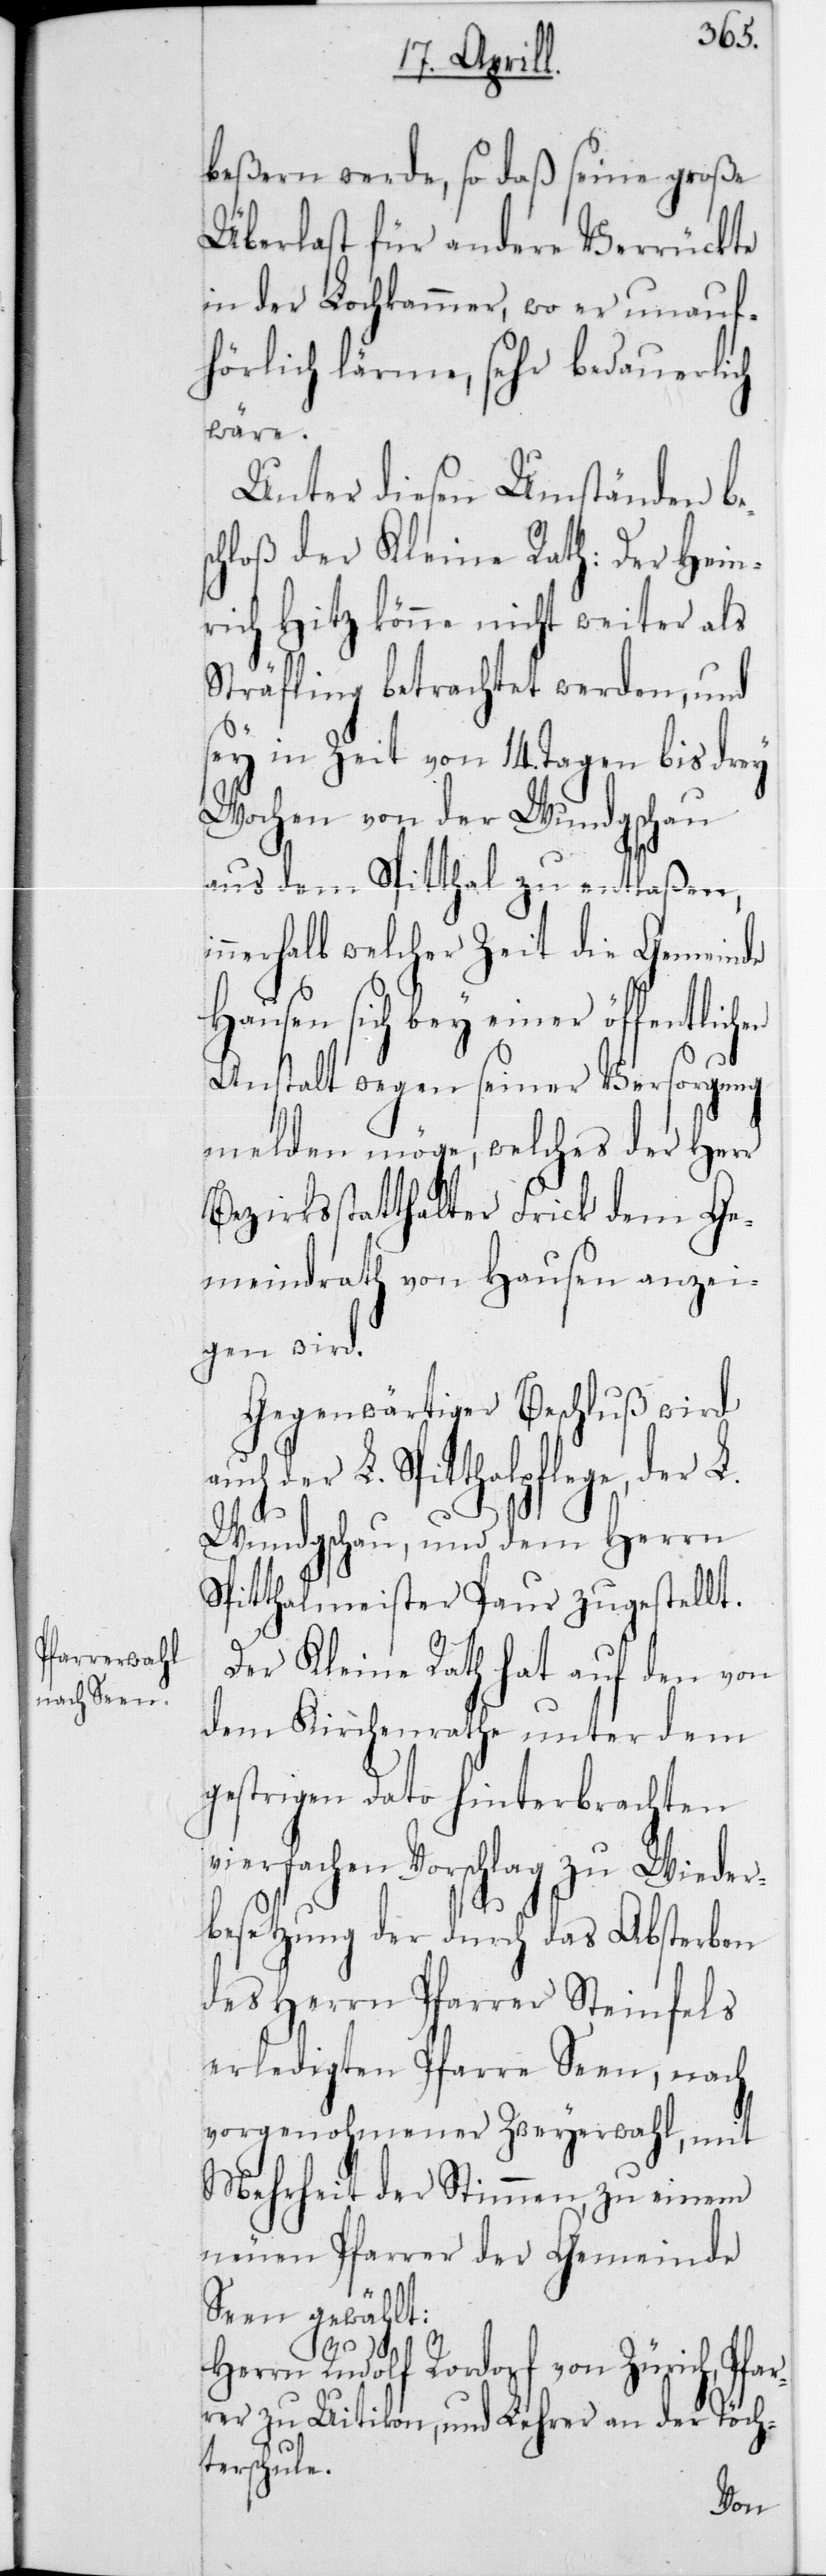
beßern werde, so daß seine große
Überlast für andere Verrückte
in der Lochkammer, wo er unauf¬
hörlich lärme, sehr bedauerlich
wäre.
Unter diesen Umständen b¬
chloß der Kleine Rath: Der Hein¬
rich Hitz könne nicht weiter als
Sträfling betrachtet werden, und
sey in Zeit von 14 Tagen bis drey
Wochen von der Wundgschau
aus dem Spitthal zu entlaßen,
innerhalb welcher Zeit die Gemeinde
Hausen sich bey einer öffentlichen
Anstalt wegen seiner Versorgung
melden möge, welches der Herr
Bezirksstatthalter Frick dem Ge¬
meindrath von Hausen anzei¬
gen wird.
Gegenwärtiger Beschluß wird
der L. Spitthalpflege, der L.
Wundgschau, und dem Herrn
Spitthalmeister Paur zugestellt.
Der Kleine Rath hat auf den von
dem Kirchenrathe unter dem
gestrigen Dato hinterbrachten
vierfachen Vorschlag zu
Wieder¬
besetzung der durch das Absterben
des Herrn Pfarrer Steinfels
erledigten Pfarre Seen, nach
vorgenohmener Zweyerwahl, mit
Mehrheit der Stimmen zu einem
neuen Pfarrer der Gemeinde
Seen gewählt:
Herrn Rudolf Rordorf von Zürich, Pfar¬
der Töch¬
rer zu Uitikon, und Lehrer
terschule.